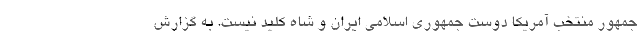
جمهور منتخب آمریکا دوست جمهوری اسلامی ایران و شاه کلید نیست. به گزارش